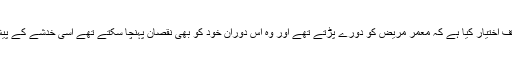
دوسری جانب اسپتال انتظامیہ نے موقف اختیار کیا ہے کہ معمر مریض کو دورے پڑتے تھے اور وہ اس دوران خود کو بھی نقصان پہنچا سکتے تھے اسی خدشے کے پیش نظر مریض کے ہاتھ پاؤں باندھے۔